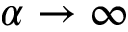
\alpha \rightarrow \infty